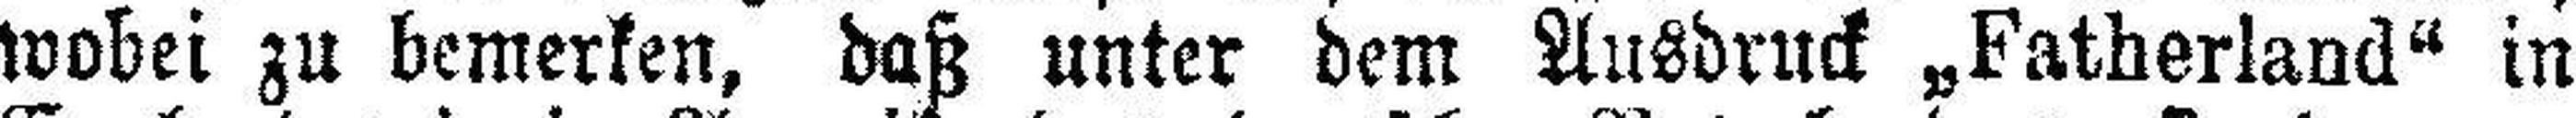
wobei zu bemerken, daß unter dem Ausdruck „Fatherland“ in